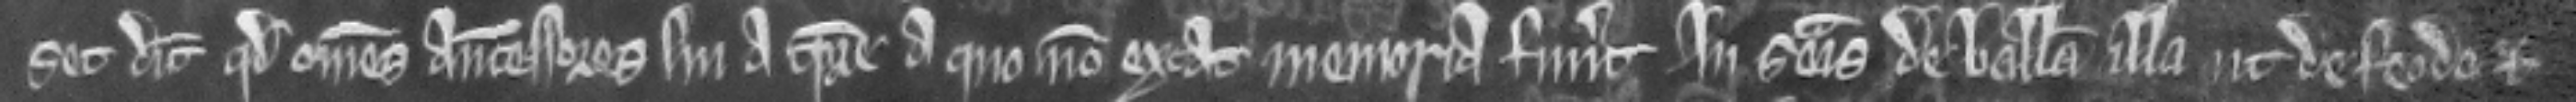
set dicit quod omnes antecessores sui a tempore a que non extat memoria fuerunt in seisina de balliva illa ut de feodo et